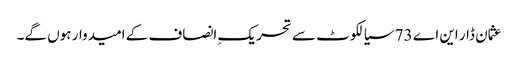
عثمان ڈار این اے 73 سیالکوٹ سے تحریکِ انصاف کے امیدوار ہوں گے۔